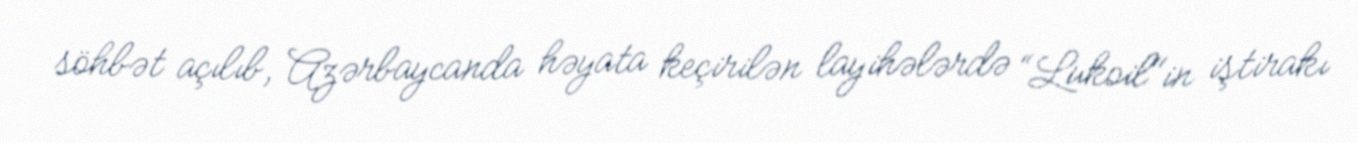
söhbət açılıb, Azərbaycanda həyata keçirilən layihələrdə “Lukoil"in iştirakı